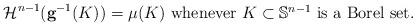
LaTeX: \begin{align*} \mathcal{H}^{n - 1} ( \mathbf{g}^{-1} (K ) ) = \mu ( K ) \mbox{ whenever $ K \subset \mathbb{S}^{n-1} $ is a Borel set.} \end{align*}